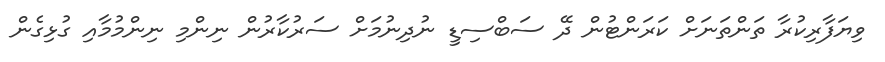
ވިޔަފާރިކުރާ ތަންތަނަށް ކަރަންޓުން ދޭ ސަބްސިޑީ ނުދިނުމަށް ސަރުކާރުން ނިންމި ނިންމުމާއި ގުޅިގެން